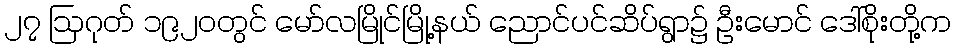
၂၇ ဩဂုတ် ၁၉၂၀တွင် မော်လမြိုင်မြို့နယ် ညောင်ပင်ဆိပ်ရွာ၌ ဦးမောင် ဒေါ်စိုးတို့က